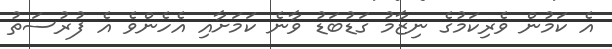
އެ ކަމުން ވެރިކަމުގެ ނިޒާމު ގަޑުބަޑު ވާނެ ކަމަށާއި އެހެންވެ އެ ފުރުސަތު